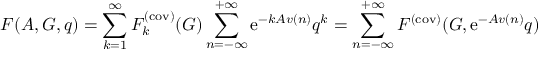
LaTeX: F ( { \cal A } , G , q ) = \sum _ { k = 1 } ^ { \infty } F _ { k } ^ { ( \mathrm { c o v ) } } ( G ) \sum _ { n = - \infty } ^ { + \infty } \mathrm { e } ^ { - k { \cal A } v ( n ) } q ^ { k } = \sum _ { n = - \infty } ^ { + \infty } F ^ { ( \mathrm { c o v ) } } ( G , \mathrm { e } ^ { - { \cal A } v ( n ) } q )